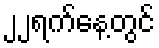
၂၂ရက်နေ့တွင်